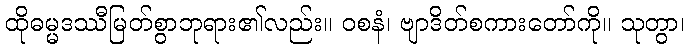
ထိုဓမ္မဒဿီမြတ်စွာဘုရား၏လည်း။ ဝစနံ၊ ဗျာဒိတ်စကားတော်ကို။ သုတွာ၊